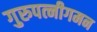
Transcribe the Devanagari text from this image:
गुरुपत्नीगमन